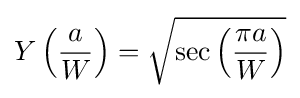
Y\left({\frac {a}{W}}\right)={\sqrt {\sec \left({\frac {\pi a}{W}}\right)}}